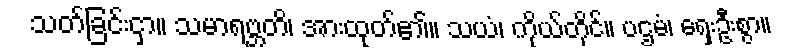
သတ်ခြင်းငှာ။ သမာရဗ္ဘတိ၊ အားထုတ်၏။ သယံ၊ ကိုယ်တိုင်။ ပဌမံ၊ ရှေးဦးစွာ။